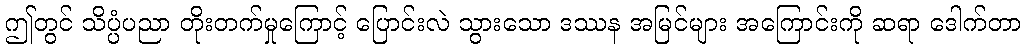
ဤတွင် သိပ္ပံပညာ တိုးတက်မှုကြောင့် ပြောင်းလဲ သွားသော ဒဿန အမြင်များ အကြောင်းကို ဆရာ ဒေါက်တာ